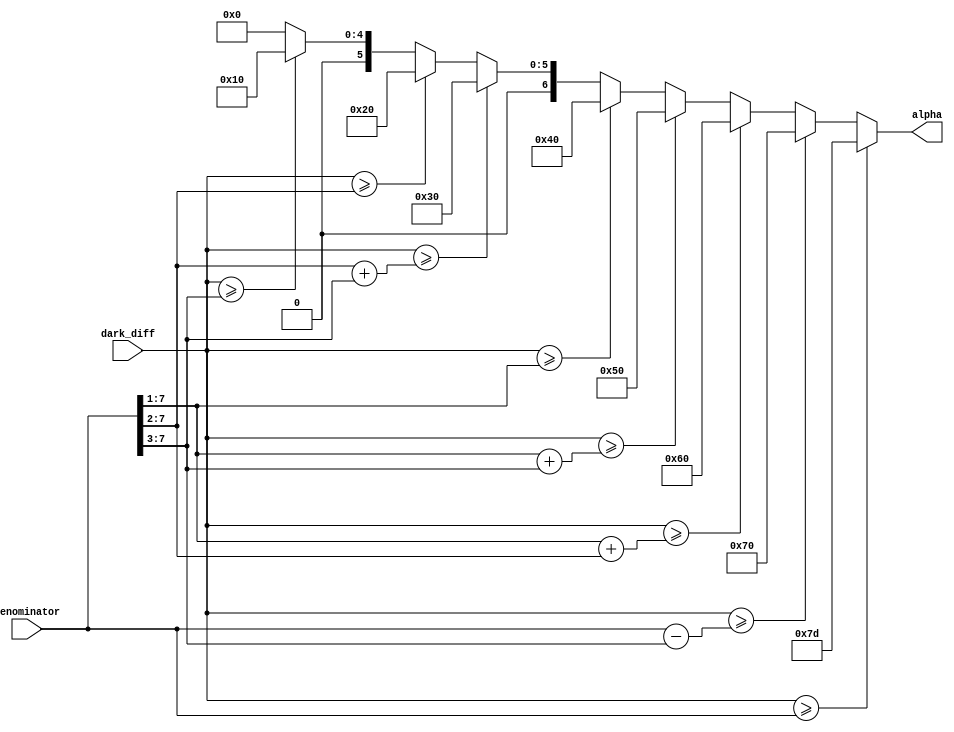
module alpha_calc(
    input [7:0] dark_diff,
    input [7:0]denominator,
    output reg [6:0] alpha
);
  
  
  //reg[7:0] d_2,d_4,d_3_4;
  
  always @(*)
  begin
  
  if(dark_diff>=denominator)
  alpha=7'd125;
  else if(dark_diff>=(denominator-(denominator>>3)))
  alpha=7'd112;
   else if(dark_diff>=(denominator>>1)+(denominator>>2))
  alpha=7'd96;
   else if(dark_diff>=(denominator>>1)+(denominator>>3))
  alpha=7'd80;
   else if(dark_diff>=(denominator>>1))
  alpha=7'd64;
  else if(dark_diff>=(denominator>>2)+(denominator>>3))
  alpha=7'd48;
   else if(dark_diff>=(denominator>>2))
  alpha=7'd32;
  else if(dark_diff>=(denominator>>3))
  alpha=7'd16;
  else
  alpha=7'd0;
  end
  
endmodule